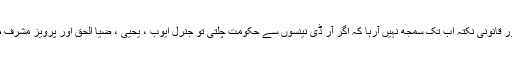
تحریک انصاف کی حکومت کو شاید ایک آئینی اور قانونی نکتہ اب تک سمجھ نہیں آرہا کہ اگر آر ڈی نینسوں سے حکومت چلتی تو جنرل ایوب ، یحییٰ ، ضیا الحق اور پرویز مشرف طوعاً و کرہاً انتخابات کرانے پر مجبور نہ ہوتے۔